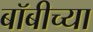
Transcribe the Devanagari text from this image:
बॉबीच्या